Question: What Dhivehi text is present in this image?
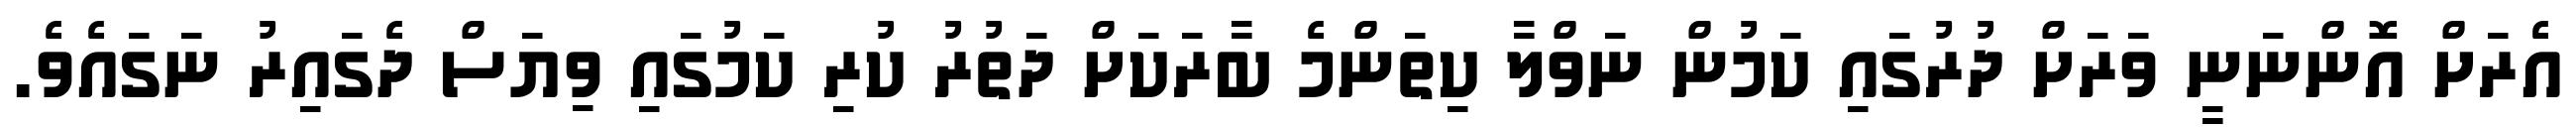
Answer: އެރަށް އޮންނަނީ ވަރަށް ދުރުގައި ކަމުން ނަވްލާ ކިތަންމެ ބާރަކަށް ދަތުރު ކުރި ކަމުގައި ވިޔަސް ދެގައިރު ނަގައެވެ.